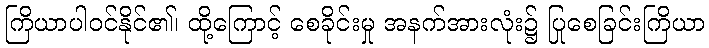
ကြိယာပါဝင်နိုင်၏၊ ထို့ကြောင့် စေခိုင်းမှု အနက်အားလုံး၌ ပြုစေခြင်းကြိယာ